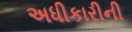
અધીકારીની